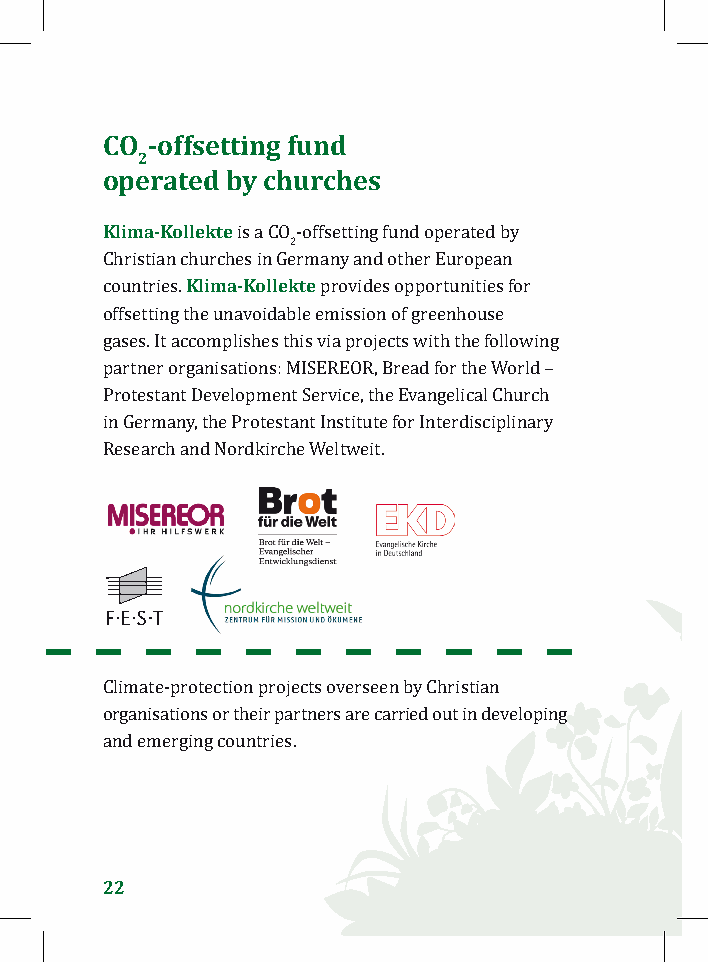
CO -offsetting fund
 2
 operated by churches
 Klima-Kollekte
 is a CO2-offsetting fund operated by
 Klima-Kollekte
 Christian churches in Germany and other European
 countries.    provides opportunities for
 offsetting the unavoidable emission of greenhouse
 gases. It accomplishes this via projects with the following
 partner organisations: MISEREOR, Bread for the World –
 Protestant Development Service, the Evangelical Church
 in Germany, the Protestant Institute for Interdisciplinary
 Research and Nordkirche Weltweit.
 Climate-protection projects overseen by Christian
 organisations or their partners are carried out in developing
 and emerging countries.
 22